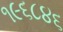
૧૯૬૮૪૬